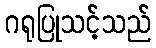
ဂရုပြုသင့်သည်